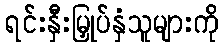
ရင်းနှီးမြှုပ်နှံသူများကို